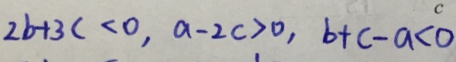
2 b + 3 c < 0 , a - 2 c > 0 , b + c - a < 0